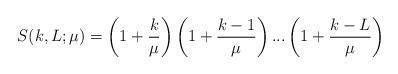
LaTeX: \begin{align*}S(k,L;\mu)=\left( 1+\frac{k}{\mu}\right) \left( 1+\frac{k-1}{\mu}\right)...\left( 1+\frac{k-L}{\mu}\right) \end{align*}